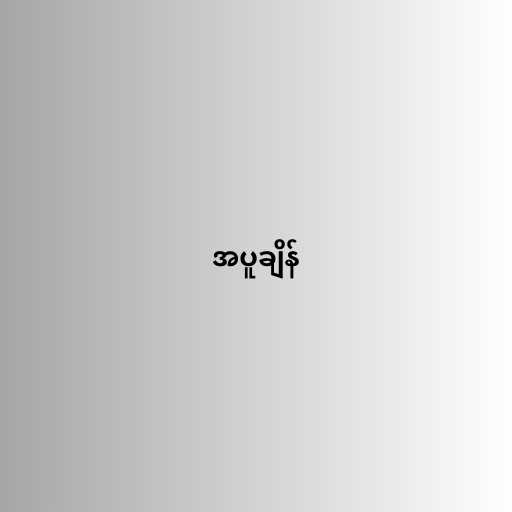
အပူချိန်